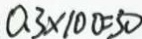
0 . 3 \times 1 0 0 = 3 0